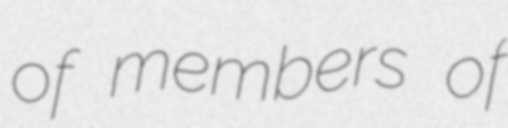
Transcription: of members of